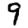
Digit: 9